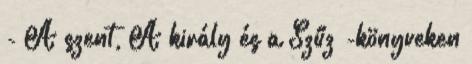
- A szent, A király és a Szűz -könyveken